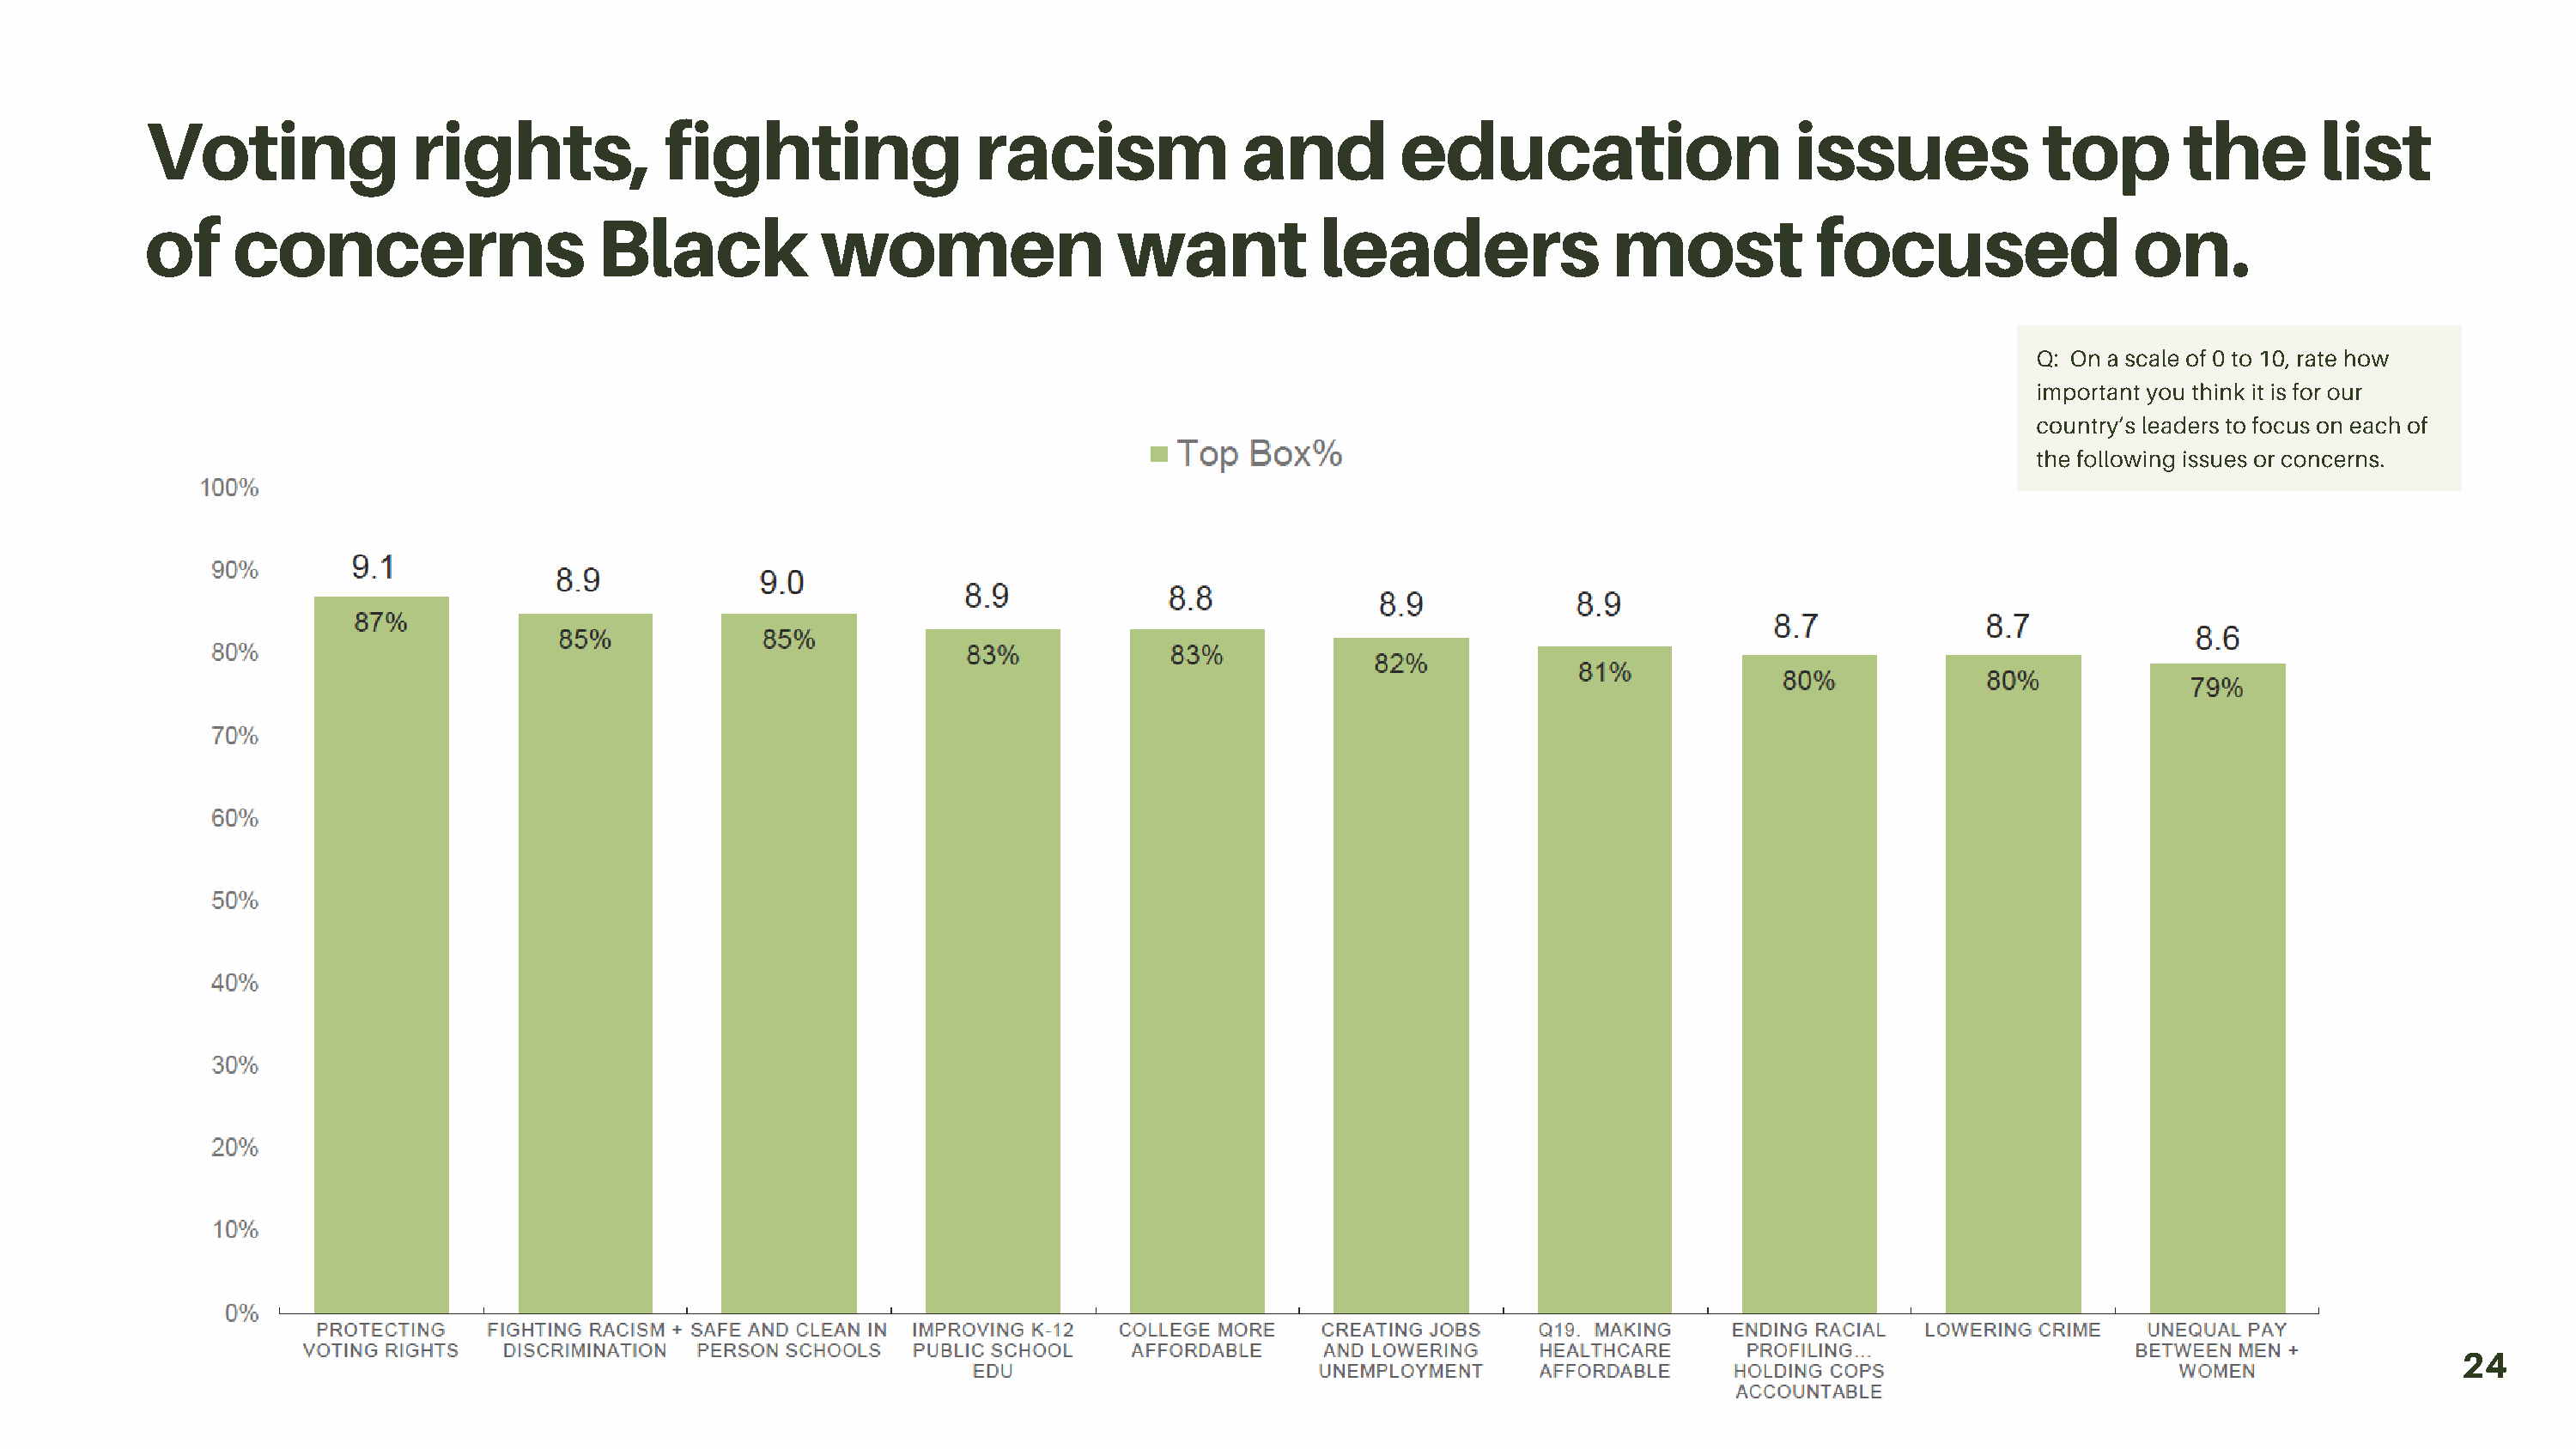
Voting               rights,            fighting                racism               and         education                     issues             top        the        list
 of     concerns                    Black            women                  want            leaders               most            focused                 on.
 Q: On a scale of 0 to 10, rate how
 important you think it is for our
 country’s leaders to focus on each of
 the following issues or concerns.
 24